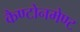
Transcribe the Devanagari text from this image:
कैण्टोनमेण्ट